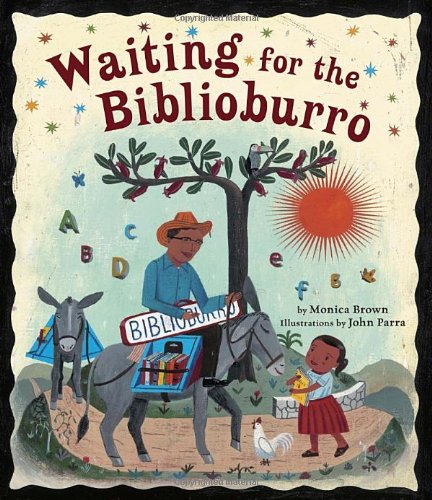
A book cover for Waiting for the Biblioburro; Monica Brown; Children's Books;